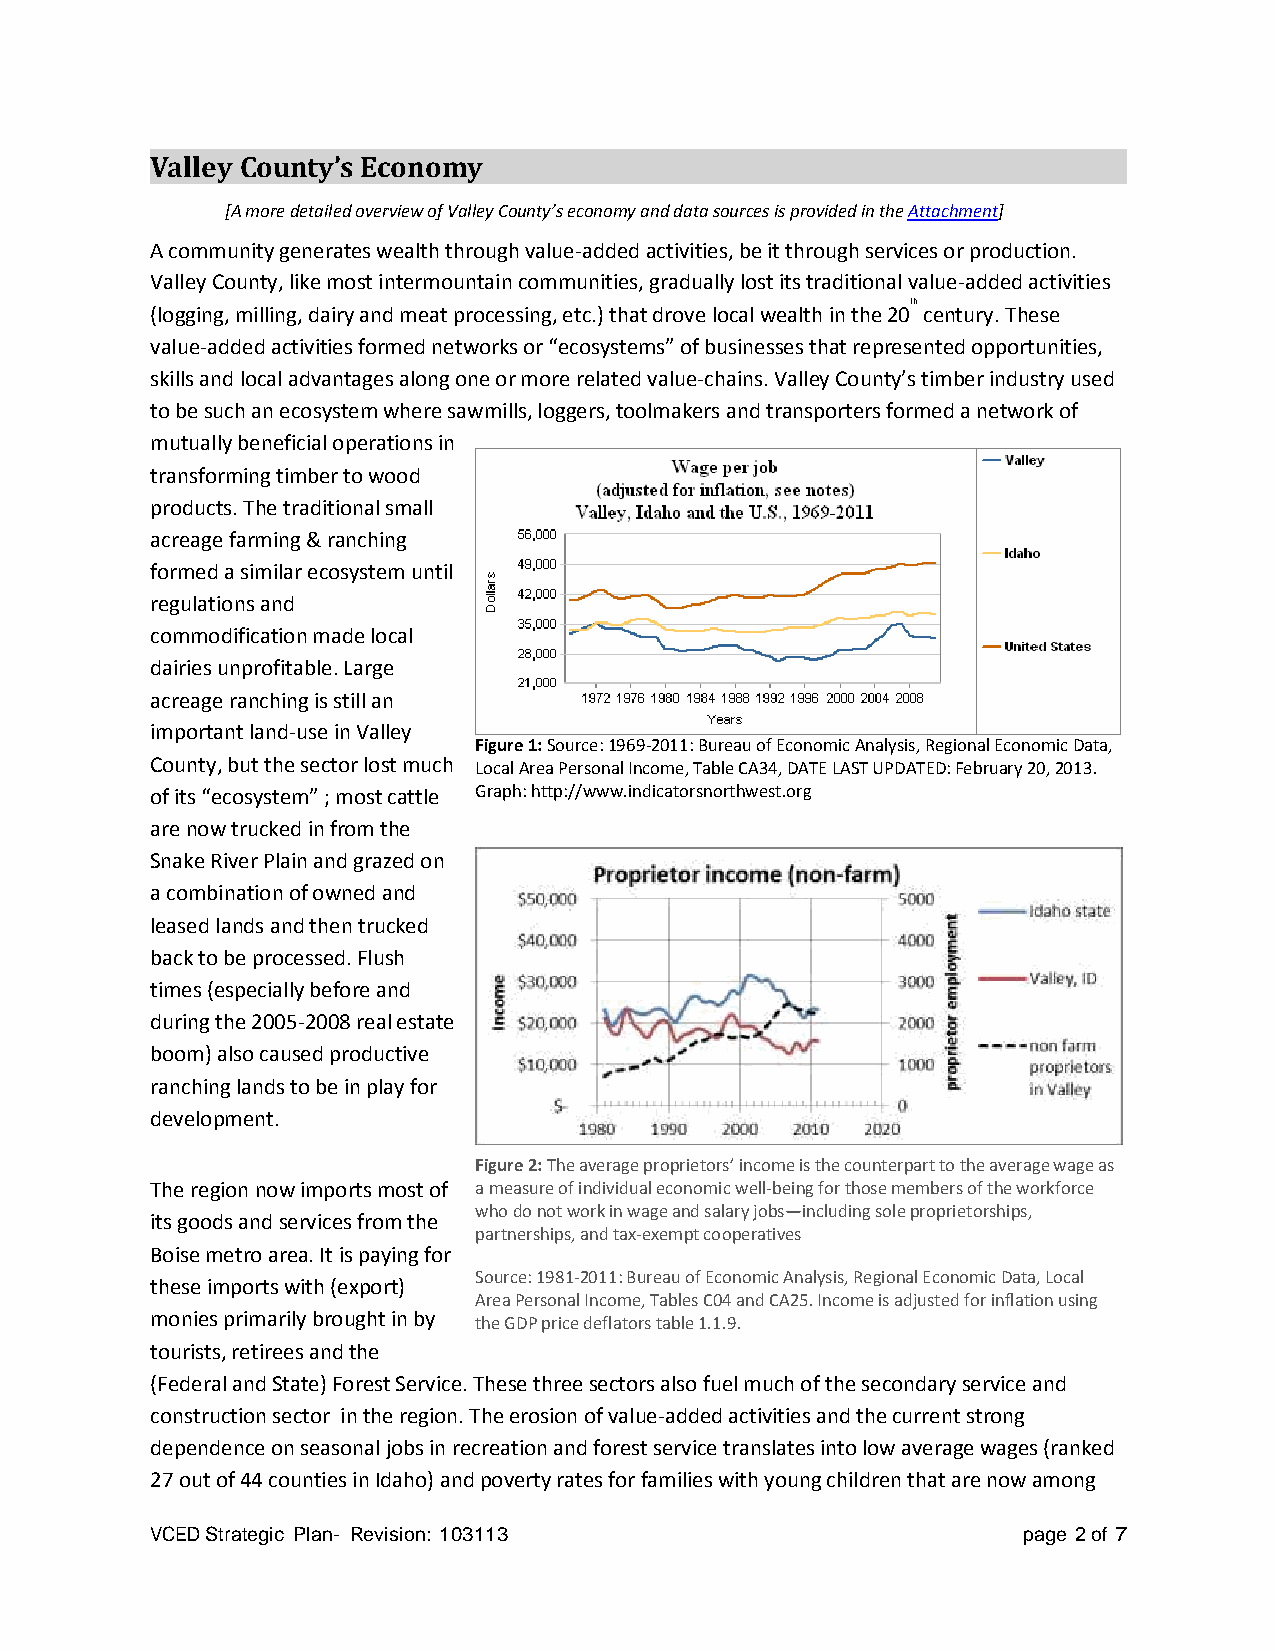
Valley County’s Economy
 [A more detailed overview of Valley County’s economy and data sources is provided in the Attachment]
 A community generates wealth through value-added activities, be it through services or production.
 Valley County, like most intermountain communities, gradually lost its traditional value-added activities
 (logging, milling, dairy and meat processing, etc.) that drove local wealth in the
 20th
 century. These
 value-added activities formed networks or “ecosystems” of businesses that represented opportunities,
 skills and local advantages along one or more related value-chains. Valley County’s timber industry used
 to be such an ecosystem where sawmills, loggers, toolmakers and transporters formed a network of
 mutually beneficial operations in
 transforming timber to wood
 products. The traditional small
 acreage farming & ranching
 formed a similar ecosystem until
 regulations and
 commodification made local
 dairies unprofitable. Large
 acreage ranching is still an
 important land-use in Valley
 Figure 1: Source: 1969-2011: Bureau of Economic Analysis, Regional Economic Data,
 County, but the sector lost much Local Area Personal Income, Table CA34, DATE LAST UPDATED: February 20, 2013.
 of its “ecosystem” ; most cattle Graph: http://www.indicatorsnorthwest.org
 are now trucked in from the
 Snake River Plain and grazed on
 a combination of owned and
 leased lands and then trucked
 back to be processed. Flush
 times (especially before and
 during the 2005-2008 real estate
 boom) also caused productive
 ranching lands to be in play for
 development.
 Figure 2: The average proprietors’ income is the counterpart to the average wage as
 The region now imports most of a measure of individual economic well-being for those members of the workforce
 who do not work in wage and salary jobs—including sole proprietorships,
 its goods and services from the
 partnerships, and tax-exempt cooperatives
 Boise metro area. It is paying for
 Source: 1981-2011: Bureau of Economic Analysis, Regional Economic Data, Local
 these imports with (export)
 Area Personal Income, Tables C04 and CA25. Income is adjusted for inflation using
 monies primarily brought in by the GDP price deflators table 1.1.9.
 tourists, retirees and the
 (Federal and State) Forest Service. These three sectors also fuel much of the secondary service and
 construction sector in the region. The erosion of value-added activities and the current strong
 dependence on seasonal jobs in recreation and forest service translates into low average wages (ranked
 27 out of 44 counties in Idaho) and poverty rates for families with young children that are now among
 VCED Strategic Plan- Revision: 103113                     page 2 of 7